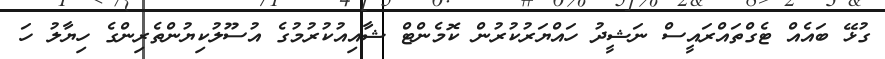
ގުޅޭ ބައެއް ޓެގްތައްރައީސް ނަޝީދު ހައްޔަރުކުރުން ކޮމެންޓް ޝާއިއުކުރުމުގެ އުސޫލުކިޔުންތެރިންގެ ހިޔާލު ހަ